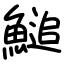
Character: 𩺬